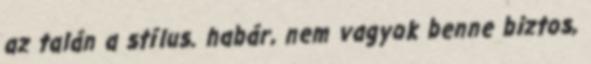
az talán a stílus. habár, nem vagyok benne biztos,